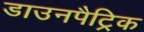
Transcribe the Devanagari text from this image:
डाउनपैट्रिक